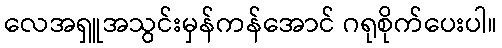
လေအရှူအသွင်းမှန်ကန်အောင် ဂရုစိုက်ပေးပါ။